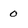
Character: 0